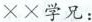
××学兄：